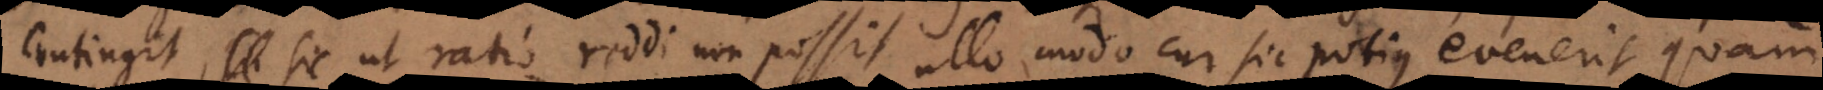
contingit, sic ut ratio reddi non possit ullo modo cur sic potius evenerit quam